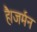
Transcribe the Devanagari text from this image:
है।जर्मन